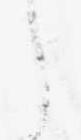
し